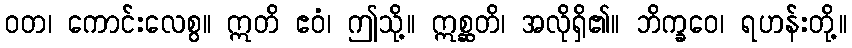
ဝတ၊ ကောင်းလေစွ။ ဣတိ ဧဝံ၊ ဤသို့။ ဣစ္ဆတိ၊ အလိုရှိ၏။ ဘိက္ခဝေ၊ ရဟန်းတို့။